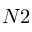
N 2